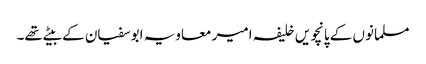
مسلمانوں کے پانچویں خلیفہ امیر معاویہ ابوسفیان کے بیٹے تھے۔